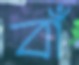
বাঁ